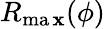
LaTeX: R_{\operatorname*{ma\mathbf{x}}}(\phi)